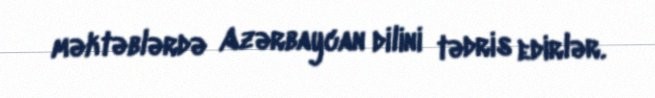
məktəblərdə Azərbaycan dilini tədris edirlər.